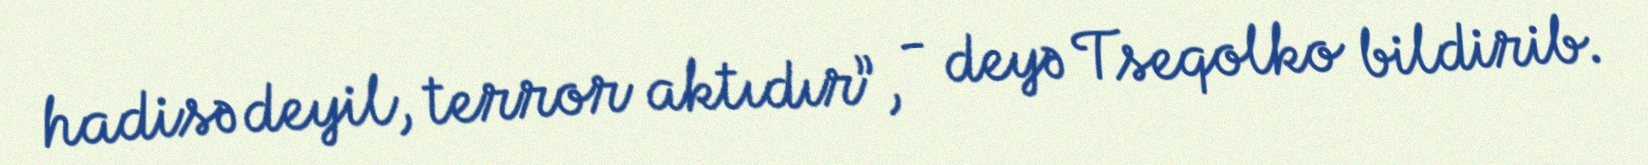
hadisə deyil, terror aktıdır”, - deyə Tseqolko bildirib.